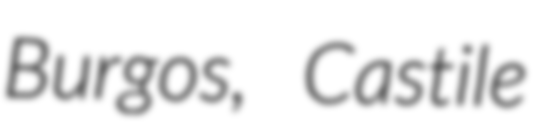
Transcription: Burgos, Castile